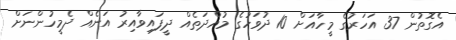
އެގޮތުން 37 އަހަރުގެ މީހާއަށް 10 ދުވަހުގެ މުއްދަތެއް ދީފައިވާއިރު އަނެއް ދެމީހުންނަށް